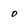
Character: 0